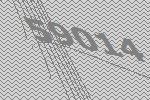
59014